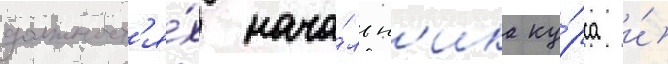
должност'я́х нача́льн'ика ку́рса и́